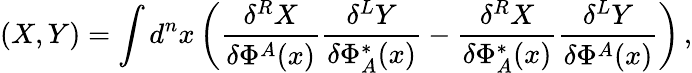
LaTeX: (X,Y)=\int d^{n}x\left(\frac{\delta^{R}X}{\delta\Phi^{A}(x)}\frac{\delta^{L}Y}{\delta\Phi_{A}^{*}(x)}-\frac{\delta^{R}X}{\delta\Phi_{A}^{*}(x)}\frac{\delta^{L}Y}{\delta\Phi^{A}(x)}\right)\, ,